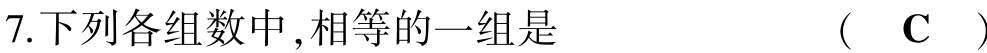
7.下列各组数中,相等的一组是  (  C  )